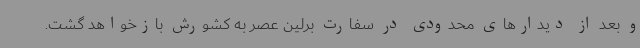
و بعد از دیدارهای محدودی در سفارت برلین عصر به کشورش بازخواهد گشت.